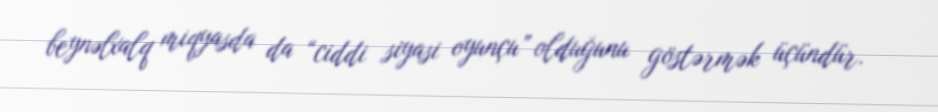
beynəlxalq miqyasda da “ciddi siyasi oyunçu” olduğunu göstərmək üçündür.